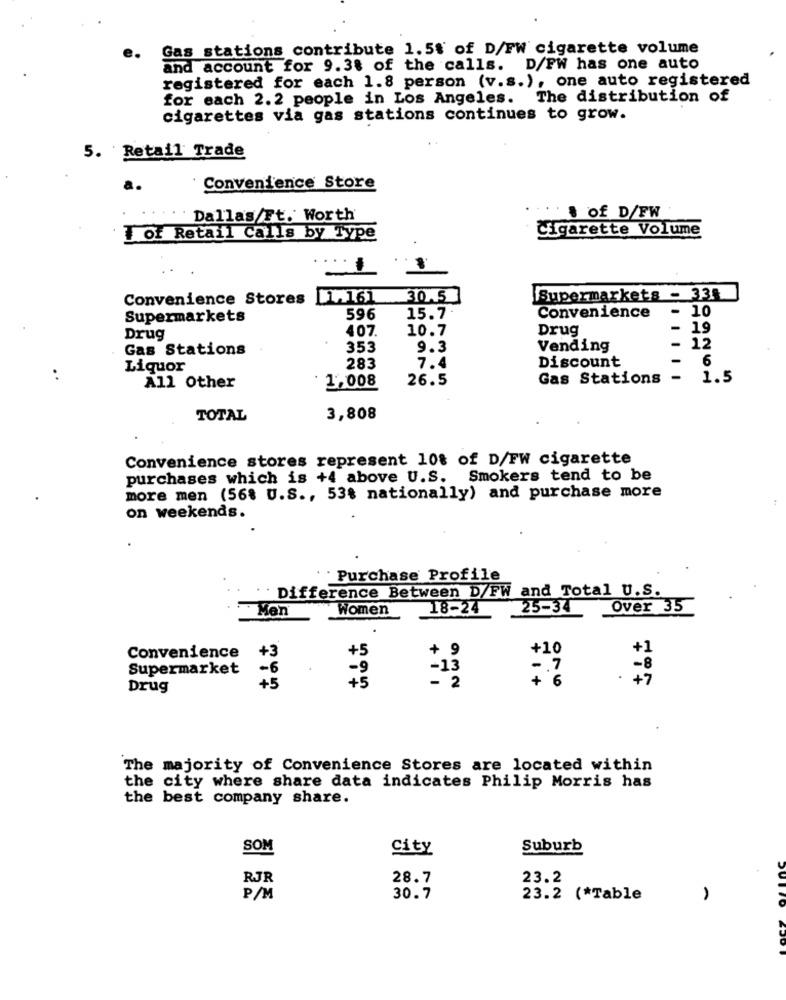
Gas stations contribute 1.5% of D/FW cigarette volume
and account for 9.3% of the calls. D/FW has one auto
registered for each 1.8 person (v.s.), one auto registered
for each 2.2 people in Los Angeles. The distribution of
cigarettes via gas stations continues to grow.
5. Retail Trade
Convenience Store
Dallas/Ft. Worth
& of D/FW
Cigarette Volume
1 of Retail Calls by Type
Convenience Stores [1,161
30.5
Supermarkets - 335
- 10
Supermarkets
596
15.7
Convenience
407.
10.7
Drug
19
Drug
Gas Stations
353
9.3
Vending
- 12
6
Liquor
283
7.4
Discount
..
1,008
26.5
Gas Stations
-
1.5
All Other
TOTAL
3,808
Convenience stores represent 10% of D/FW cigarette
purchases which is +4 above U.S. Smokers tend to be
more men (56% U.S ., 53% nationally) and purchase more
on weekends.
Purchase Profile
Difference Between D/FW and Total U.S.
Men
18-24
25-34
Over 35
Women
+3
+5
+ 9
+10
+1
Convenience
Supermarket
-6
-9
-13
-. 7
-8
+5
- 2
+ 6
+7
Drug
+5
The majority of Convenience Stores are located within
the city where share data indicates Philip Morris has
the best company share.
SOM
City
Suburb
RJR
28.7
23.2
P/M
30.7
23.2 (*Table